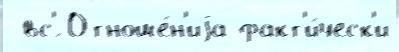
 вс'́ Отноше́н'иjа факт'и́ческ'и